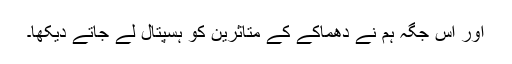
اور اس جگہ ہم نے دھماکے کے متاثرین کو ہسپتال لے جاتے دیکھا۔